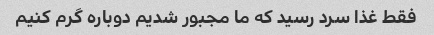
فقط غذا سرد رسید که ما مجبور شدیم دوباره گرم کنیم